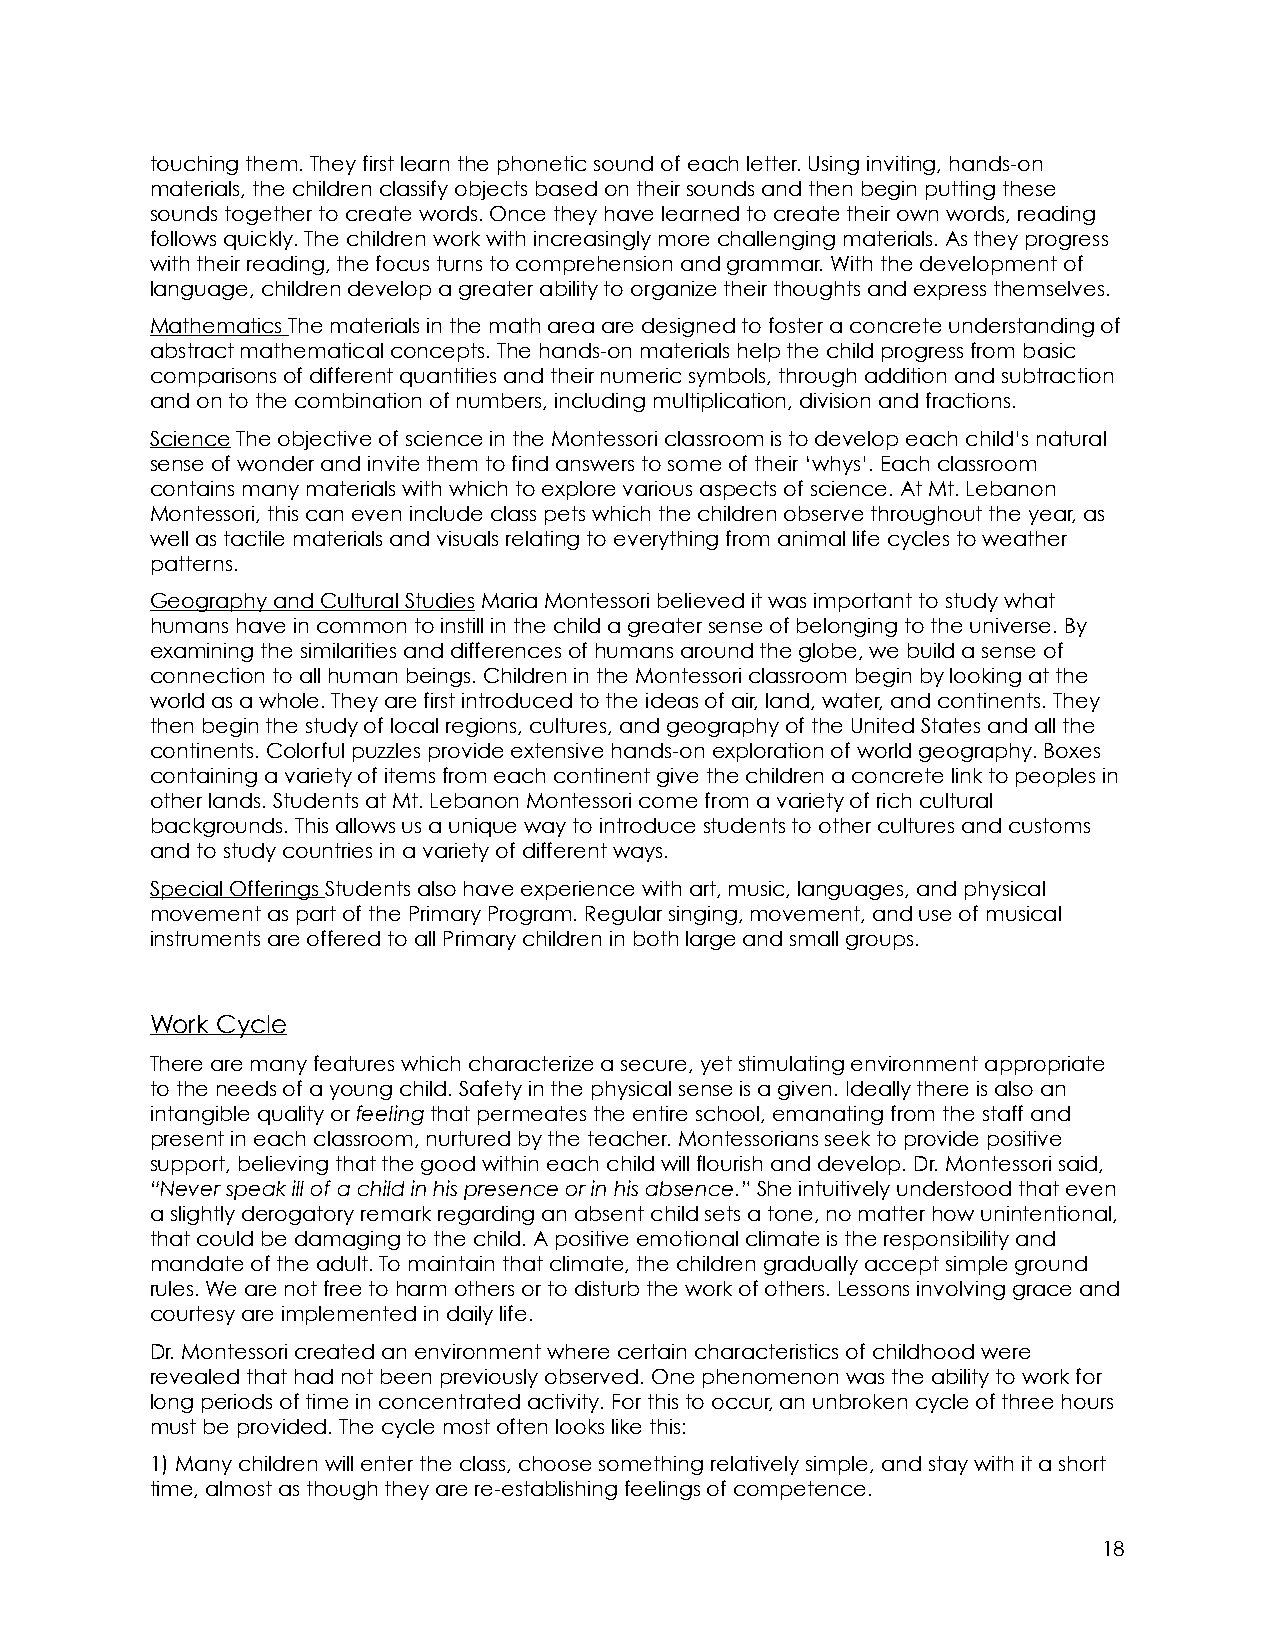
touching them. They first learn the phonetic sound of each letter. Using inviting, hands-on
 materials, the children classify objects based on their sounds and then begin putting these
 sounds together to create words. Once they have learned to create their own words, reading
 follows quickly. The children work with increasingly more challenging materials. As they progress
 with their reading, the focus turns to comprehension and grammar. With the development of
 language, children develop a greater ability to organize their thoughts and express themselves.
 Mathematics The materials in the math area are designed to foster a concrete understanding of
 abstract mathematical concepts. The hands-on materials help the child progress from basic
 comparisons of different quantities and their numeric symbols, through addition and subtraction
 and on to the combination of numbers, including multiplication, division and fractions.
 Science The objective of science in the Montessori classroom is to develop each child’s natural
 sense of wonder and invite them to find answers to some of their ‘whys’. Each classroom
 contains many materials with which to explore various aspects of science. At Mt. Lebanon
 Montessori, this can even include class pets which the children observe throughout the year, as
 well as tactile materials and visuals relating to everything from animal life cycles to weather
 patterns.
 Geography and Cultural Studies Maria Montessori believed it was important to study what
 humans have in common to instill in the child a greater sense of belonging to the universe. By
 examining the similarities and differences of humans around the globe, we build a sense of
 connection to all human beings. Children in the Montessori classroom begin by looking at the
 world as a whole. They are first introduced to the ideas of air, land, water, and continents. They
 then begin the study of local regions, cultures, and geography of the United States and all the
 continents. Colorful puzzles provide extensive hands-on exploration of world geography. Boxes
 containing a variety of items from each continent give the children a concrete link to peoples in
 other lands. Students at Mt. Lebanon Montessori come from a variety of rich cultural
 backgrounds. This allows us a unique way to introduce students to other cultures and customs
 and to study countries in a variety of different ways.
 Special Offerings Students also have experience with art, music, languages, and physical
 movement as part of the Primary Program. Regular singing, movement, and use of musical
 instruments are offered to all Primary children in both large and small groups.
 Work Cycle
 There are many features which characterize a secure, yet stimulating environment appropriate
 to the needs of a young child. Safety in the physical sense is a given. Ideally there is also an
 intangible quality or feeling that permeates the entire school, emanating from the staff and
 present in each classroom, nurtured by the teacher. Montessorians seek to provide positive
 support, believing that the good within each child will flourish and develop. Dr. Montessori said,
 “Never speak ill of a child in his presence or in his absence.” She intuitively understood that even
 a slightly derogatory remark regarding an absent child sets a tone, no matter how unintentional,
 that could be damaging to the child. A positive emotional climate is the responsibility and
 mandate of the adult. To maintain that climate, the children gradually accept simple ground
 rules. We are not free to harm others or to disturb the work of others. Lessons involving grace and
 courtesy are implemented in daily life.
 Dr. Montessori created an environment where certain characteristics of childhood were
 revealed that had not been previously observed. One phenomenon was the ability to work for
 long periods of time in concentrated activity. For this to occur, an unbroken cycle of three hours
 must be provided. The cycle most often looks like this:
 1) Many children will enter the class, choose something relatively simple, and stay with it a short
 time, almost as though they are re-establishing feelings of competence.
 18